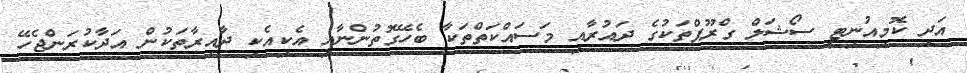
އަދި ކޮމިއުނިޓީ ސޯޝަލް ގްރޫޕްތަކުގެ ދައުރާއި މަސައްކަތްތަކާ ބެހޭގޮތުންނާއި އެކިއެކި ދާއިރާތަކުން އަދާކުރަންޖެހޭ